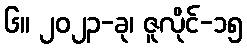
၆။ ၂၀၂၃-ခု၊ ဇူလိုင်-၁၅